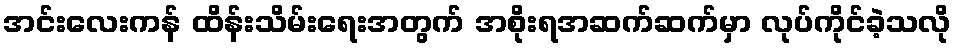
အင်းလေးကန် ထိန်းသိမ်းရေးအတွက် အစိုးရအဆက်ဆက်မှာ လုပ်ကိုင်ခဲ့သလို